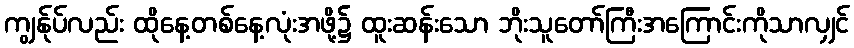
ကျွန်ုပ်လည်း ထိုနေ့တစ်နေ့လုံးအဖို့၌ ထူးဆန်းသော ဘိုးသူတော်ကြီးအကြောင်းကိုသာလျှင်